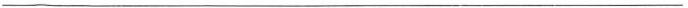
___